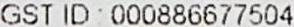
GST ID : 000886677504